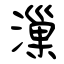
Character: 漅